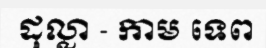
ដុល្លា - កាម ទេព